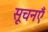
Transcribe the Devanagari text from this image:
सूचनएँ